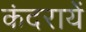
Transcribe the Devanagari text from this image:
कंदरायें